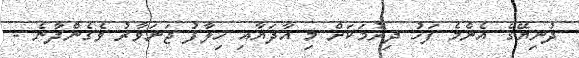
ދުނިޔޭގެ އެންމެ ފަހު ދިރުމަކަށް މި އާދަޔާއި ހިލާފު ޖަނަވާރު ވެގެންދާނެ -